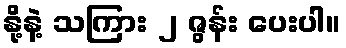
နို့နဲ့ သကြား ၂ ဇွန်း ပေးပါ။